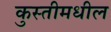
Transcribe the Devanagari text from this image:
कुस्तीमधील